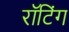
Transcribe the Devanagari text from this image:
रॉटिंग